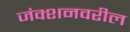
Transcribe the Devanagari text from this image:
जंक्शनवरील